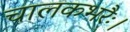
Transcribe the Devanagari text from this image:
चालकभरैः।